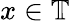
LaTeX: x\in\mathbb{T}